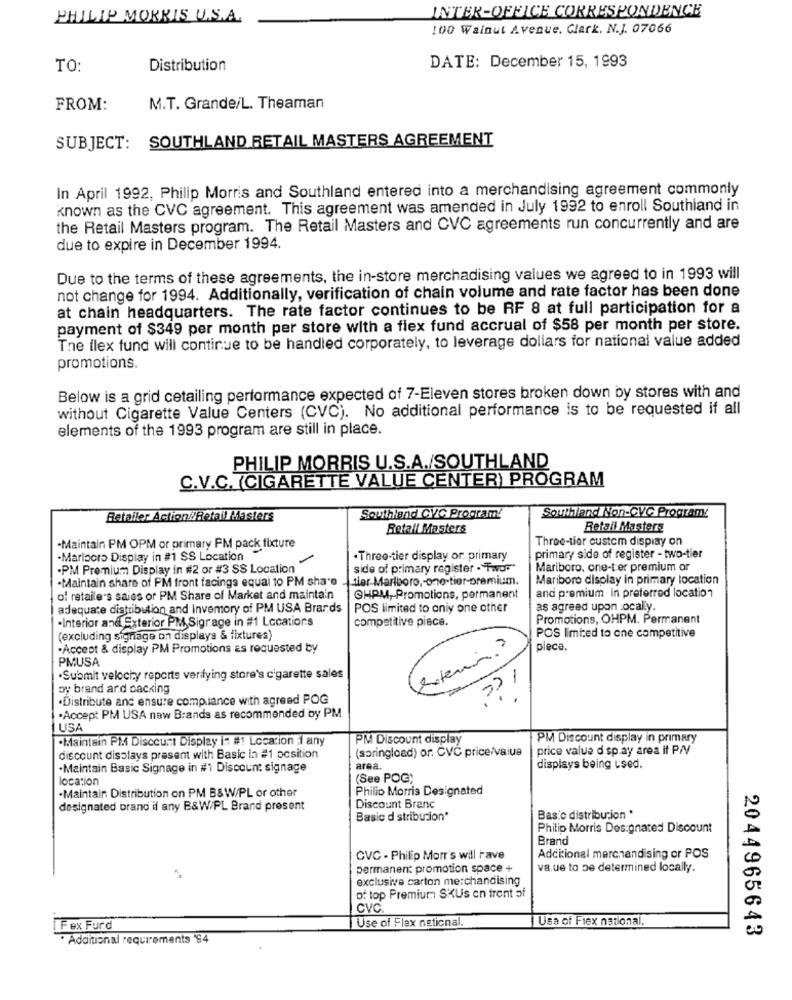
INTER-OFFICE CORRESPONDENCE
PHILIP MORRIS U.S.A.
100 Walnut Avenue. Clark, N.J. 07066
TO:
Distribution
DATE: December 15, 1993
FROM:
M.T. Grande/L. Theaman
SUBJECT: SOUTHLAND RETAIL MASTERS AGREEMENT
In April 1992, Philip Morris and Southland entered into a merchandising agreement commonly
known as the CVC agreement. This agreement was amended in July 1992 to enroll Southland in
the Retail Masters program. The Retail Masters and CVC agreements run concurrently and are
due to expire in December 1994.
Due to the terms of these agreements, the in-store merchadising values we agreed to in 1993 will
not change for 1994. Additionally, verification of chain volume and rate factor has been done
at chain headquarters. The rate factor continues to be RF 8 at full participation for a
payment of $349 per month per store with a flex fund accrual of $58 per month per store.
The flex fund will continue to be handled corporately, to leverage dollars for national value added
promotions.
Below is a grid cetailing performance expected of 7-Eleven stores broken down by stores with and
without Cigarette Value Centers (CVC). No additional performance is to be requested if all
elements of the 1993 program are still in place.
PHILIP MORRIS U.S.A./SOUTHLAND
C.V.C. (CIGARETTE VALUE CENTER) PROGRAM
Retailer Action//Retail Masters
Southland CVC Program!
Southland Non-CVC Program:
Rotall Masters
Retail Masters
Three-tier custom display on
-Maintain PM OPM or primary PM pack fixture
-Marlboro Display in #1 SS Location
.Three-tier display or primary
primary side of register - two-tier
-PM Premiumm Display in #2 or #3 SS Location
side of primary register . Two.
Mariboro, one-ter premium or
-Maintain share of PM front facings equal 10 PM share
fiar Marlboro ,- one-tier-premium.
Mariboro display in primary location
of retaile's saios or PM Share of Market and maintain
GHPM, Promotions, permanent
and premium in preferred location
adequate distribution and Inventory of PM USA Brands
POS limited to oniy one other
as agreed upon :ocal.y.
·Interior and Exterior PM Sigrage in #1 Locations
competitive piece.
Promotions, OHPM. Permanent
(excluding signage on displays & fixtures)
POS limted to one competitive
-Accept & display PM Promotions as requested by
pieca.
PMUSA
exterin.
.Submit velochy reports verifying store's cigarette sales
?? 1
oy brand ard packing
.Distribute and ensure compliance with agreed POG
-Accept PM USA new Brands as recommended by PM
I USA
·Maintain PM Discount Display in #1 Location if any
PM Discount display
PM Discount display in primary
(saringload) or. CVC price/value
price value d sp.ay area if PI
discount displays present with Basic in #1 position
·Maintain Basic Signage in #1 Discount signage
area.
displays being used.
(See POG)
·Maintain Distribution on PM B&W/PL or other
location
Philip Morris Designated
designated brand if any B&W/PL Brand present
Discount Branc
Basic d stribution*
Basic distribution *
Philip Morris Designated Discount
Brand
CVC - Philip Morr's will rave
Additional merchandising or POS
permanent promotion space +
va.ue to be determined locally.
exclusive carton merchandising
of top Premium SKUs on trent of
CVC
Use of Flex national.
Usa of Fiex national.
Fex Furd
Additional requirements 94
2044965643